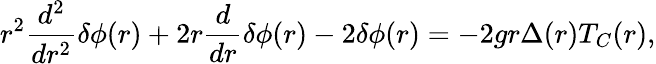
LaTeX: r^{2}\frac{d^{2}}{dr^{2}}{\delta}{\phi}(r)+2r\frac{d}{dr}{\delta}{\phi}(r)-2{\delta}{\phi}(r)=-2gr{\Delta}(r)T_{C}(r),